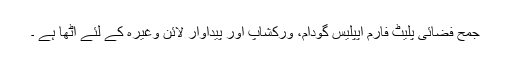
جمح فضائی پلیٹ فارم اپپلیس گودام، ورکشاپ اور پیداوار لائن وغیرہ کے لئے اُٹھا ہے ۔